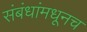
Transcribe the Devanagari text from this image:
संबंधांमधूनच